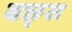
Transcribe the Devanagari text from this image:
बछ्स